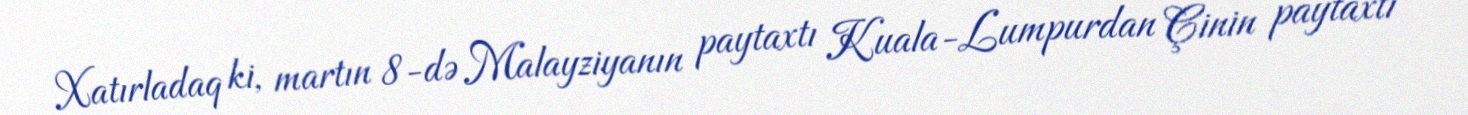
Xatırladaq ki, martın 8-də Malayziyanın paytaxtı Kuala-Lumpurdan Çinin paytaxtı